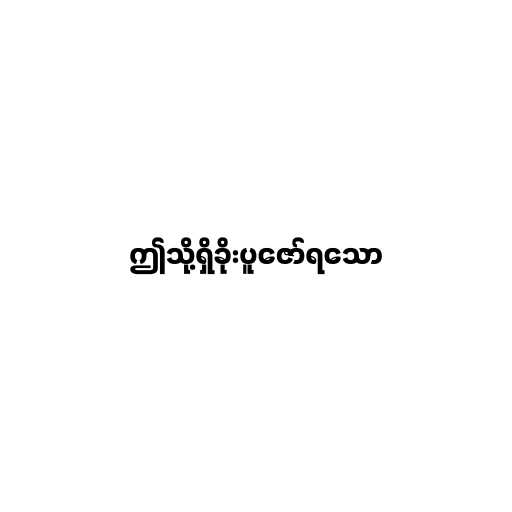
ဤသို့ရှိခိုးပူဇော်ရသော